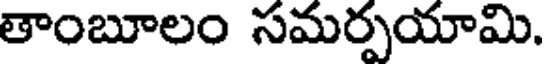
తాంబూలం సమర్పయామి.